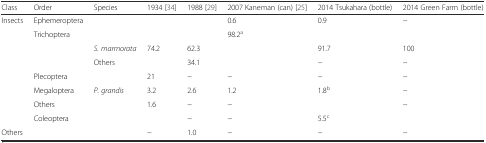
| Class | Order | Species | 1934 [34] | 1988 [29] | 2007 Kaneman (can) [25] | 2014 Tsukahara (bottle) | 2014 Green Farm (bottle) |
 | --- | --- | --- | --- | --- | --- | --- | --- |
 | Insects | Ephemeroptera |  |  |  | 0.6 | 0.9 | − |
 |  | Trichoptera |  |  |  | 98.2a |  |  |
 |  |  | S. marmorata | 74.2 | 62.3 |  | 91.7 | 100 |
 |  |  | Others |  | 34.1 |  | − | − |
 |  | Plecoptera |  | 21 | − | − | − | − |
 |  | Megaloptera | P. grandis | 3.2 | 2.6 | 1.2 | 1.8b | − |
 |  | Others |  | 1.6 | − | − |  | − |
 |  | Coleoptera |  |  | − | − | 5.5c |  |
 | Others |  |  | − | 1.0 | − | − | − |